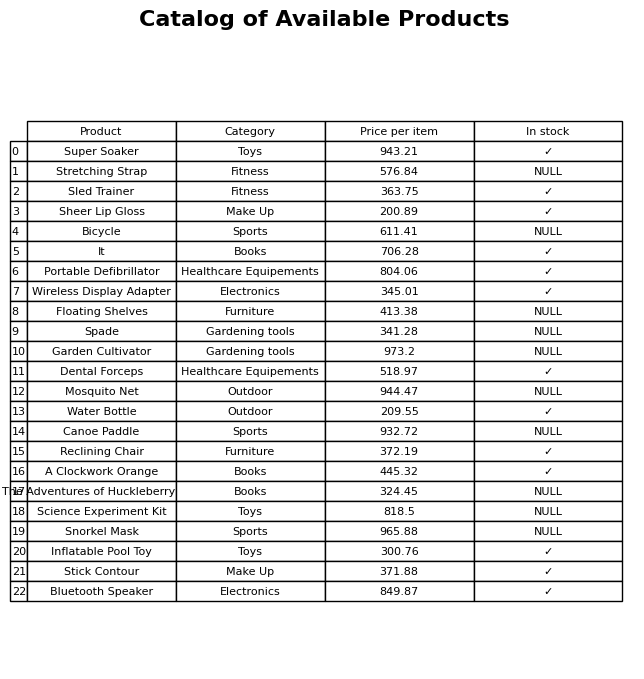
question: What is the price for Mosquito Net?
answer: The price of Mosquito Net is 944.47.